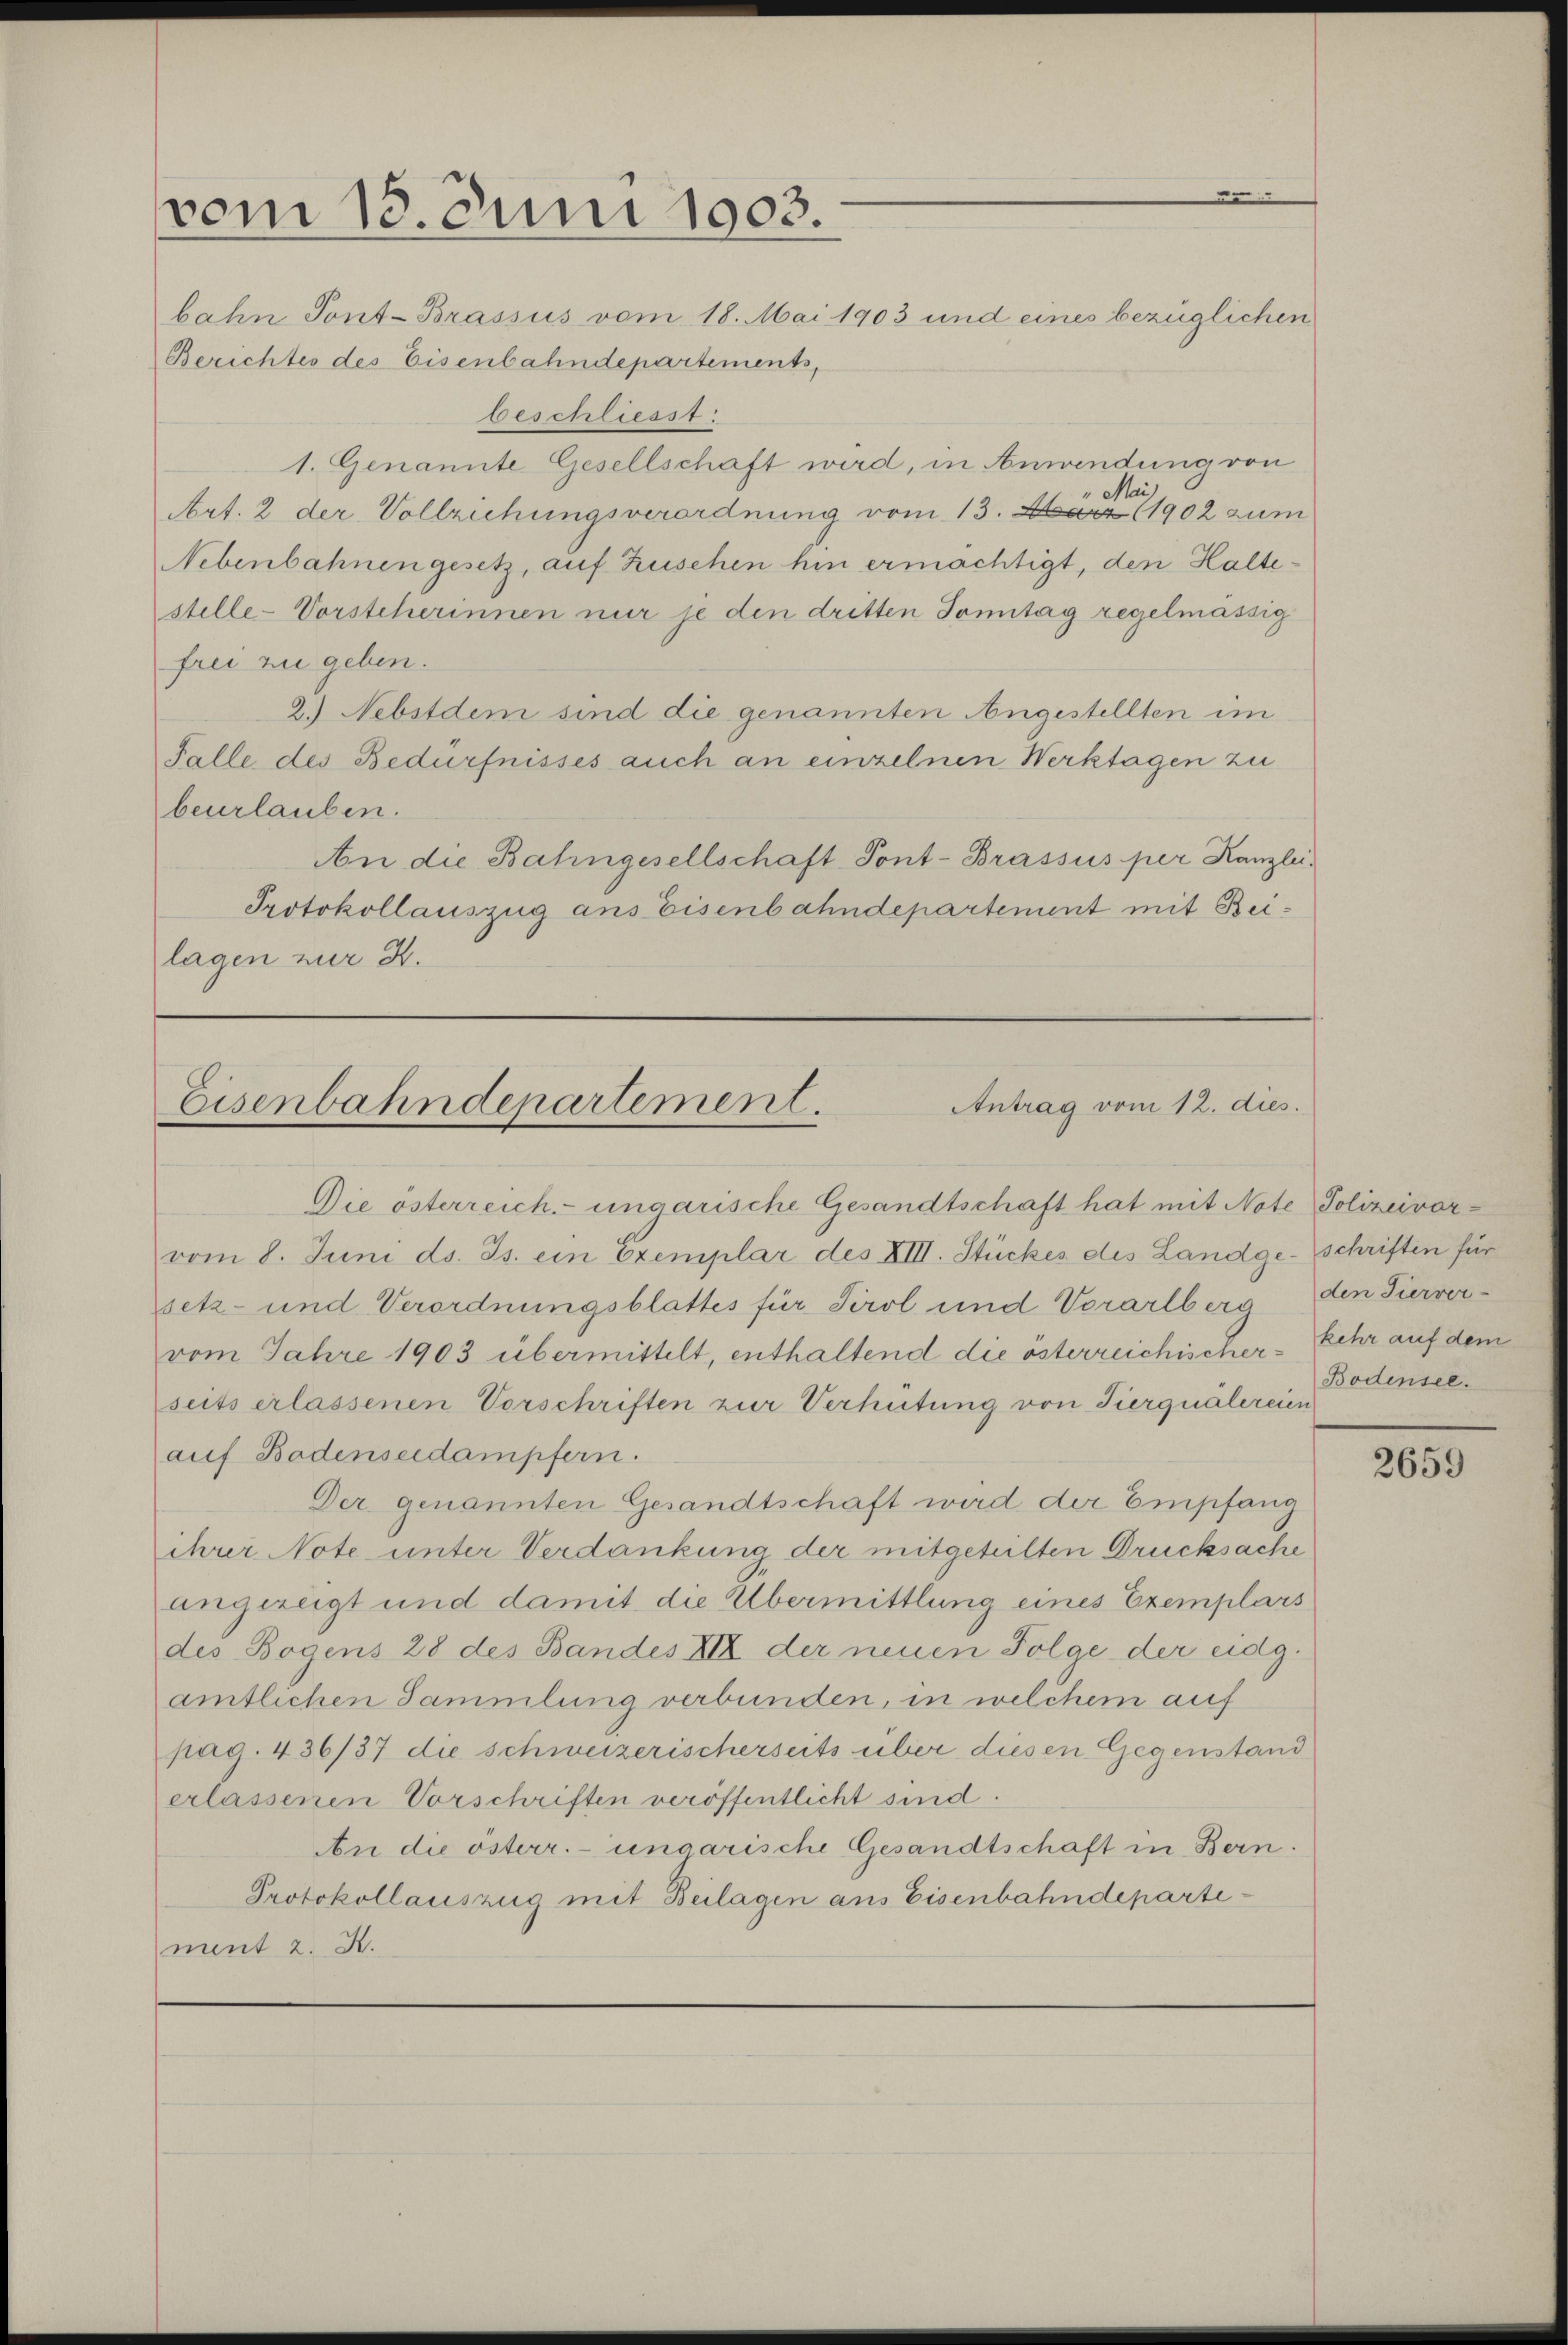
vom 18. Juni 1903.

bahn Pont-Brassus vom 18. Mai 1903 und eines bezüglichen
Berichtes des Eisenbahndepartements,
beschliesst:
1. Genannte Gesellschaft wird, in Anwendung von
Mai
Art. 2 der Vollziehungsverordnung vom 13. März 1902 zum
Nebenbahnen gesetz, auf Zuschen hin ermächtigt, den Haltestelle-Vorsteherinnen nur je den dritten Sonntag regelmässig
frei zu geben.
2.) Nebstdem sind die genannten Angestellten im
Falle des Bedürfnisses auch an einzelnen Werktagen zu
beurlauben.
An die Bahngesellschaft Pont-Brassus per Kanzlei.
Protokollauszug ans Eisenbahndepartement mit Beilagen zur H.

Antrag vom 12. dies
Eisenbahndepartement.

Die österreich. ungarische Gesandtschaft hat mit Note Polizeivorvom 8. Juni ds. Js. ein Exemplar des XIII. Stückes des Landge-Schriften für
setz- und Verordnungsblattes für Tirol und Vorarlberg
vom Jahre 1903 übermittelt, enthaltend die österreichischer kehr auf dem
seits erlassenen Vorschriften zur Verhütung von Tiergnälereien
auf Badenseidampfern.
Der genannten Gesandtschaft wird der Empfang
ihrer Note unter Verdankung der mitgeteilten Drucksache
angezeigt und damit die Übermittlung eines Exemplars
des Bogens 28 des Bandes XIX der neuen Folge der eidg.
amtlichen Sammlung verbunden, in welchem auf
pag. 436/37 die schweizerischerseits über diesen Gegenstand
erlassenen Vorschriften veröffentlicht sind.
An die österr. ungarische Gesandtschaft in Bern.
Protokollauszug mit Beilagen aus Eisenbahndepartement 2. K.

den Tierver-
Bodensee.

2659